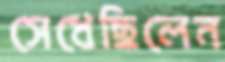
সেধেছিলেন